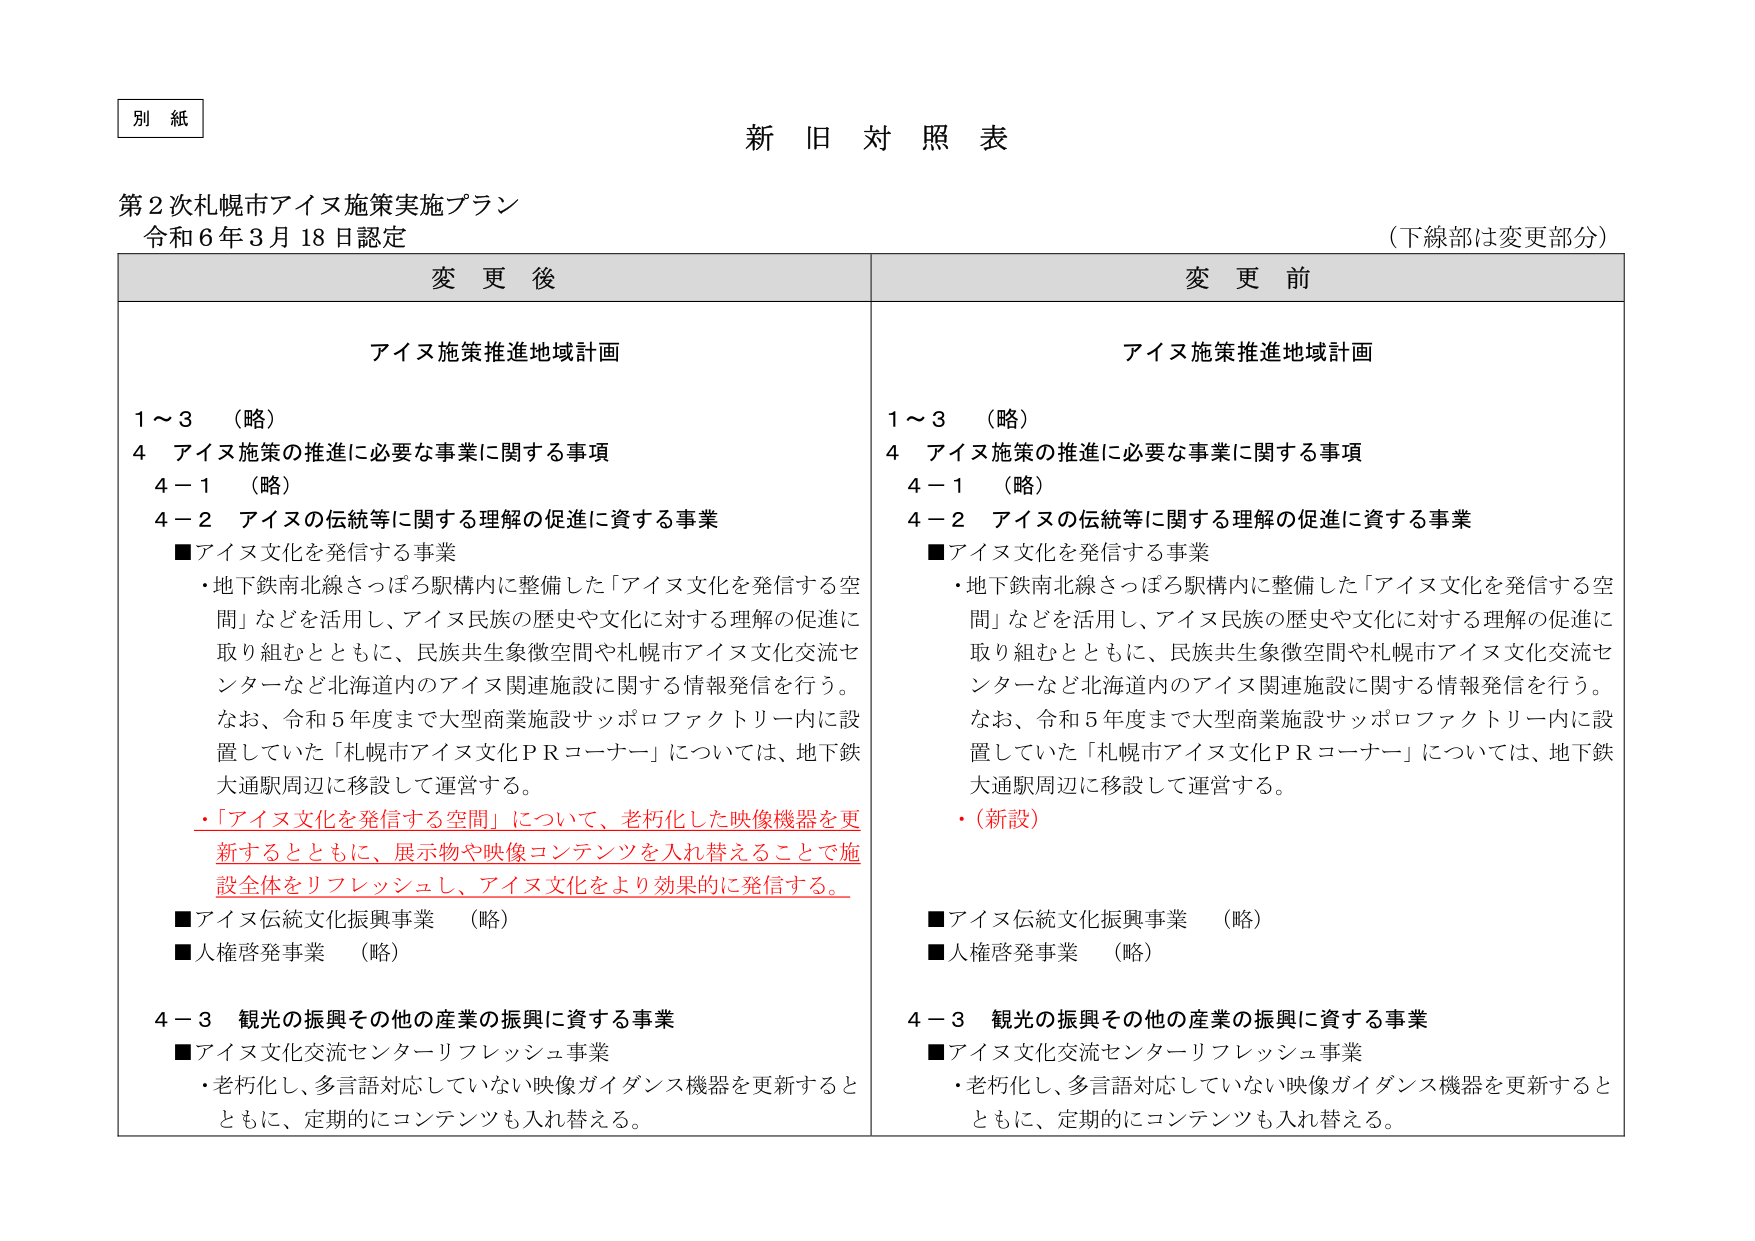
別 紙

新 旧 対 照 表

第2次札幌市アイヌ施策実施プラン
令和6年3月18日認定
（下線部は変更部分）

変 更 後
アイヌ施策推進地域計画
1～3 （略）
4 アイヌ施策の推進に必要な事業に関する事項
　4－1 （略）
　4－2 アイヌの伝統等に関する理解の促進に資する事業
　　■アイヌ文化を発信する事業
　　　・地下鉄南北線さっぽろ駅構内に整備した「アイヌ文化を発信する空間」などを活用し、アイヌ民族の歴史や文化に対する理解の促進に取り組むとともに、民族共生象徴空間や札幌市アイヌ文化交流センターなど北海道内のアイヌ関連施設に関する情報発信を行う。
　　　なお、令和5年度まで大型商業施設サッポロファクトリー内に設置していた「札幌市アイヌ文化PRコーナー」については、地下鉄大通駅周辺に移設して運営する。
　　　・「アイヌ文化を発信する空間」について、老朽化した映像機器を更新するとともに、展示物や映像コンテンツを入れ替えることで施設全体をリフレッシュし、アイヌ文化をより効果的に発信する。
　　■アイヌ伝統文化振興事業 （略）
　　■人権啓発事業 （略）
　4－3 観光の振興その他の産業の振興に資する事業
　　■アイヌ文化交流センターリフレッシュ事業
　　　・老朽化し、多言語対応していない映像ガイダンス機器を更新するとともに、定期的にコンテンツも入れ替える。

変 更 前
アイヌ施策推進地域計画
1～3 （略）
4 アイヌ施策の推進に必要な事業に関する事項
　4－1 （略）
　4－2 アイヌの伝統等に関する理解の促進に資する事業
　　■アイヌ文化を発信する事業
　　　・地下鉄南北線さっぽろ駅構内に整備した「アイヌ文化を発信する空間」などを活用し、アイヌ民族の歴史や文化に対する理解の促進に取り組むとともに、民族共生象徴空間や札幌市アイヌ文化交流センターなど北海道内のアイヌ関連施設に関する情報発信を行う。
　　　なお、令和5年度まで大型商業施設サッポロファクトリー内に設置していた「札幌市アイヌ文化PRコーナー」については、地下鉄大通駅周辺に移設して運営する。
　　　・（新設）
　　■アイヌ伝統文化振興事業 （略）
　　■人権啓発事業 （略）
　4－3 観光の振興その他の産業の振興に資する事業
　　■アイヌ文化交流センターリフレッシュ事業
　　　・老朽化し、多言語対応していない映像ガイダンス機器を更新するとともに、定期的にコンテンツも入れ替える。